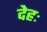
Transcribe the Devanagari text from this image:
देहः